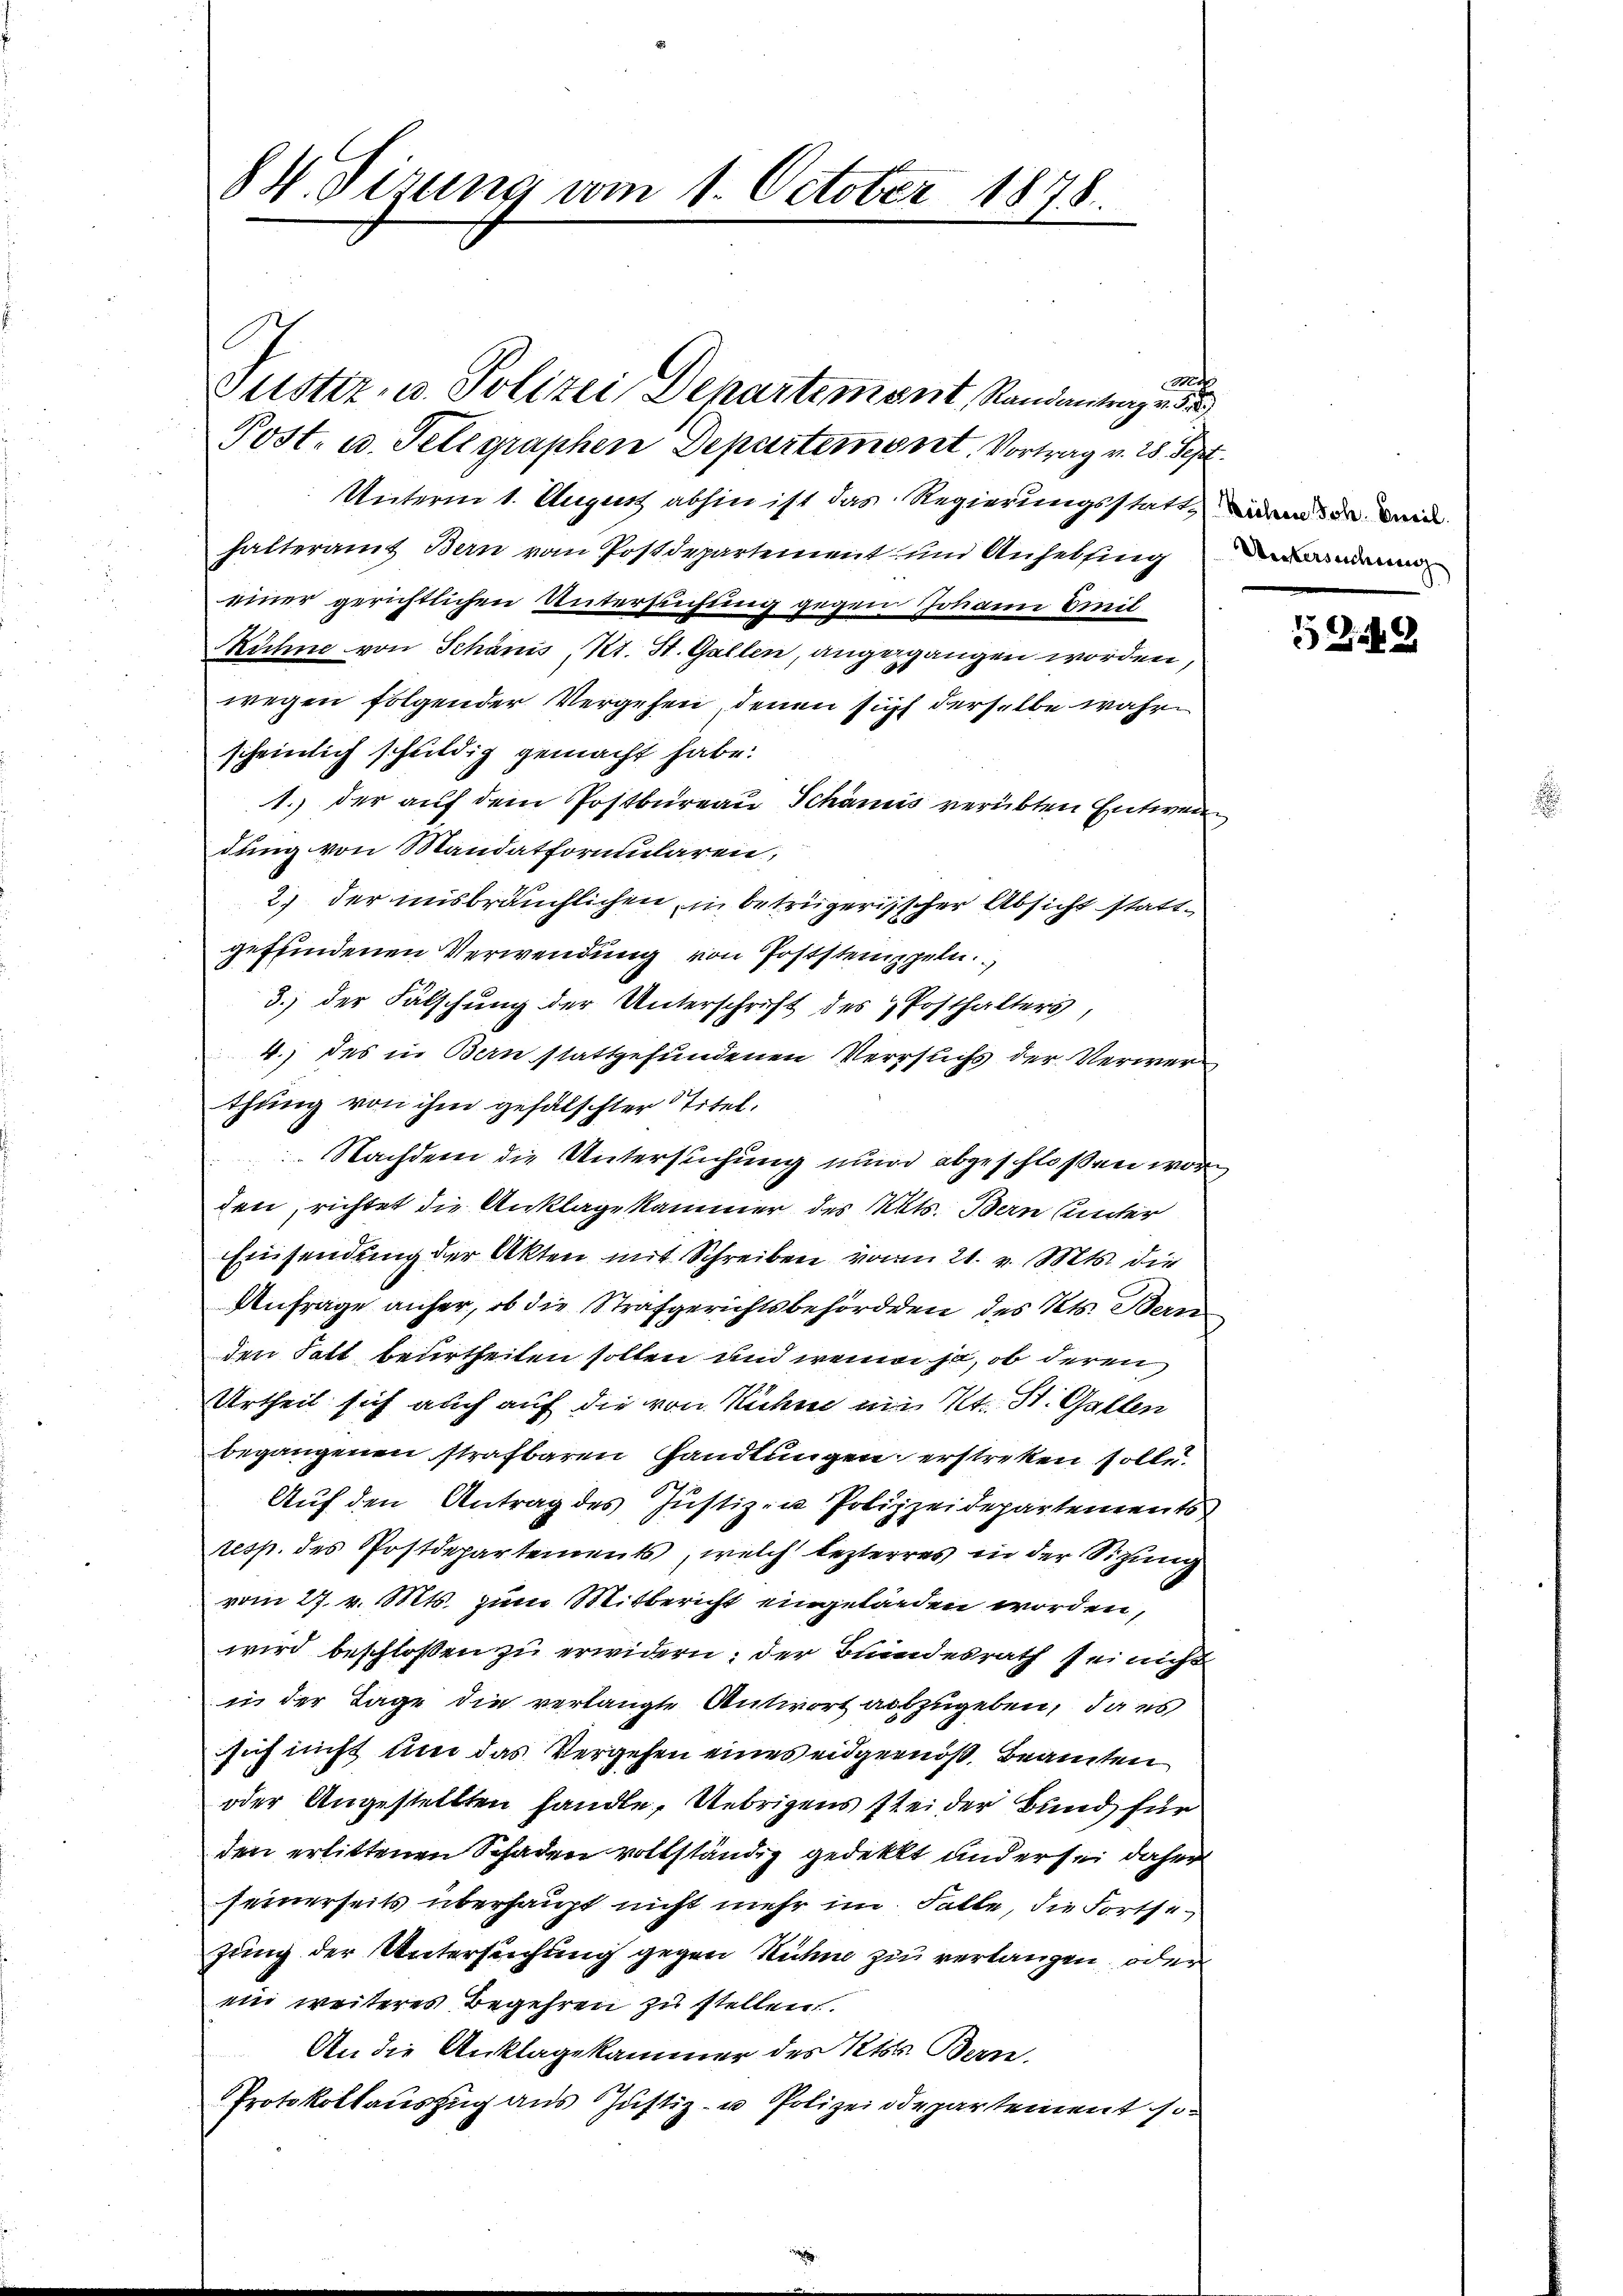
m
Justiz- u. Polizei Departement, Randantrage de
Post- u. Telegraphen Departement. Vortrag v. 28. Sept.
Unterm 1. August abhin ist das Regierungsstatt werde mi
halteramt Bern vom Postdepartement und Anheising
einer gerichtlichen Untersuchung gegen Joname Beeil
Rühne von Schanis, Kt. St. Gallen, angegangen worden,
wegen folgender Vergehen, denen sich derselbe wahre
scheinlich schuldig gemacht habe.
1. der auf dem Postbureau Schanis verübten Entwen
dung von Mandatformularen,
2.) der insbräuchlichen, in betrügerischer Absicht stattgeffindenen Verwendung von Poststemppeln
3.) der Fälschung der Unterschrift des Posthalters,
4.) des in Bern stattgefundenen Versuchs der Verwerthung von ihm gefälschter titel,
 Nachdem die Untersuchung nun abgeschloßen worden, richtet die Anklage kammer des Mits. Bern unter
Einsendung der Akten mit Schreiben von 21. v. Mts. die
Anfrage anher, ob die Strafgerichtsbehörden des Kts. Bern
den Fatt beurtheilen sollen und wenn ja, ob deren
Urtheil sich auch auf die von Hühne ein Kt. St. Gallen
begangenen strafbaren Handlungen erstreken solle.
Auf den Antrag des Justizen Polizeidepartements
resp. des Postdepartements, welch lezteres in der Sitzung
vom 27. v. Mts. zum Mitbericht eingelanden worden,
wird beschlossen zu erwidern; der Bundesrath sei nicht
in der Tage die verlangte Antwort auszugeben, da es
sich nicht um das Vergehen eines eidgenöß, Beamten
oder Angestellten handle, Uebrigens stei der Bund für
den erlittenen Schaden vollständig gedeckt und er sei daher
seinerseits überhaupt nicht mehr im Falle, die Fortsezung der Untersuchung gegen Ruhm zu verlangen, oder
ein weiteres Begehren zu stellen.
An die Anklagekammer des Kts. Bern.
Protokollauszug aus Justiz- u Polizeidepartement so-

84. Sizung vom 1. October 1878.

Weckerseicherung |

524